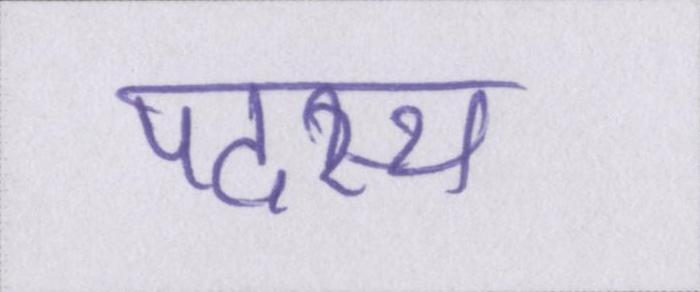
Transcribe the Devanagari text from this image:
पदस्थ